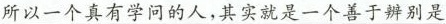
所以一个真有学问的人，其实就是一个善于辨别是